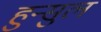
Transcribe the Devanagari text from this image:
हुन्सुल